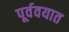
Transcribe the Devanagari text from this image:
पूर्ववयात